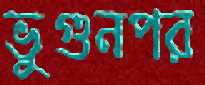
ভুগুনপর